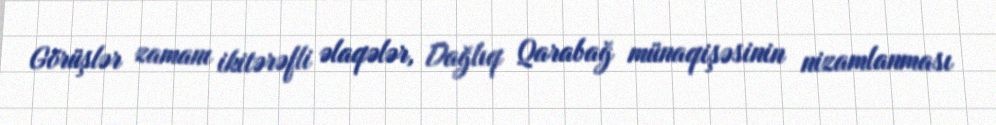
Görüşlər zamanı ikitərəfli əlaqələr, Dağlıq Qarabağ münaqişəsinin nizamlanması